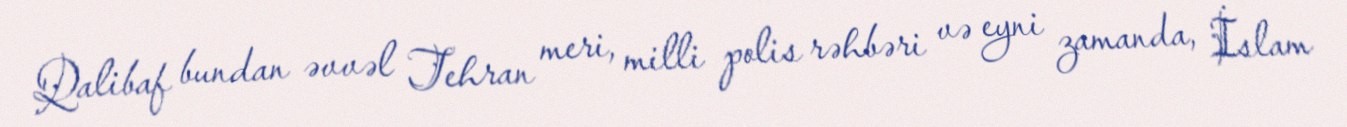
Qalibaf bundan əvvəl Tehran meri, milli polis rəhbəri və eyni zamanda, İslam